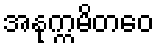
အနုက္ကမိတဝေ